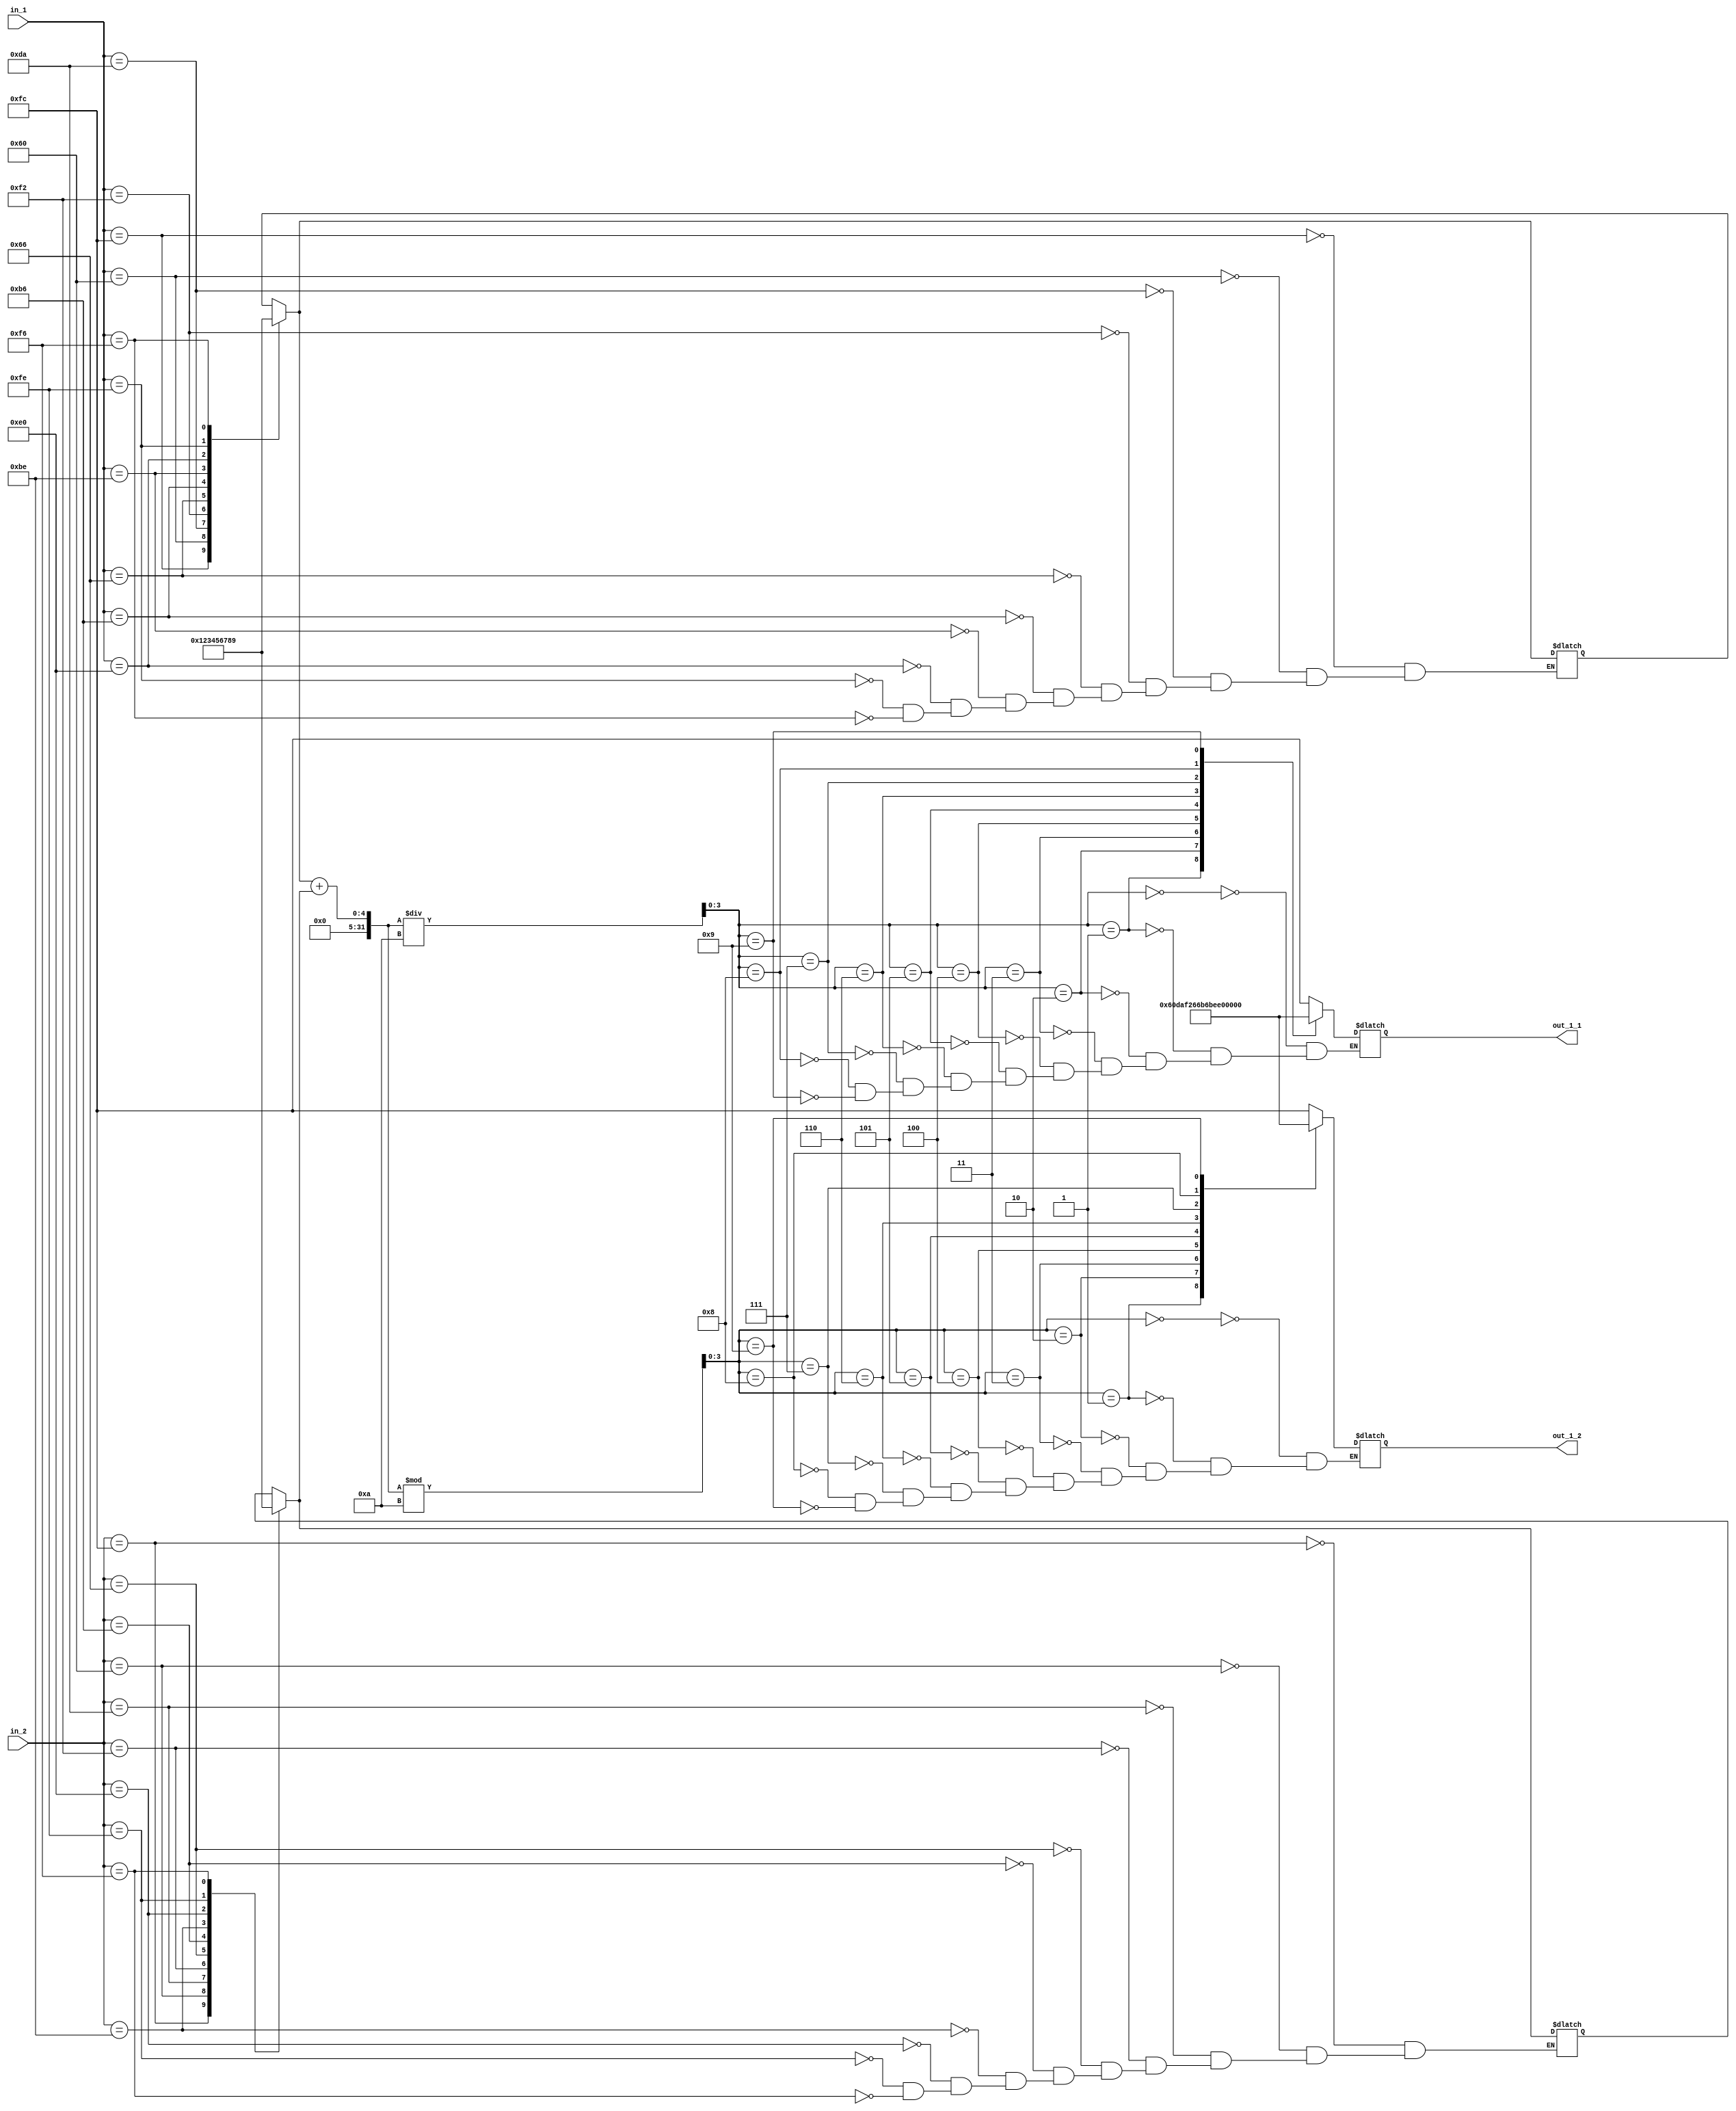
module Add_7seg (input [7:0] in_1,in_2, output reg [7:0] out_1_1, out_1_2);
  reg [3:0] a,b,x,y;
  
  always @(*) begin
    case (in_1)
      8'b11111100:a=0; 
      8'b01100000:a=1;
      8'b11011010:a=2;
      8'b11110010:a=3;
      8'b01100110:a=4;
      8'b10110110:a=5;
      8'b10111110:a=6;
      8'b11100000:a=7;
      8'b11111110:a=8;
      8'b11110110:a=9;
    endcase
    
    case (in_2)
      8'b11111100:b=0; 
      8'b01100000:b=1;
      8'b11011010:b=2;
      8'b11110010:b=3;
      8'b01100110:b=4;
      8'b10110110:b=5;
      8'b10111110:b=6;
      8'b11100000:b=7;
      8'b11111110:b=8;
      8'b11110110:b=9;
    endcase
    x=(a+b)/10;
    y=(a+b)%10;
 
    case(x)
    0:out_1_1= 8'b11111100;
    1:out_1_1= 8'b01100000;
    2:out_1_1= 8'b11011010;
    3:out_1_1= 8'b11110010;
    4:out_1_1= 8'b01100110;
    5:out_1_1= 8'b10110110;
    6:out_1_1= 8'b10111110;
    7:out_1_1= 8'b11100000;
    8:out_1_1= 8'b11111110;
    9:out_1_1= 8'b11110110;
  endcase

 case(y)
    0:out_1_2= 8'b11111100;
    1:out_1_2= 8'b01100000;
    2:out_1_2= 8'b11011010;
    3:out_1_2= 8'b11110010;
    4:out_1_2= 8'b01100110;
    5:out_1_2= 8'b10110110;
    6:out_1_2= 8'b10111110;
    7:out_1_2= 8'b11100000;
    8:out_1_2= 8'b11111110;
    9:out_1_2= 8'b11110110;
  endcase
end
endmodule